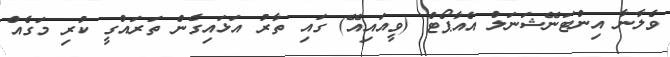
ވެލާނާ އިންޓަނޭޝަނަލް އެއާޕޯޓް (ވީއައިއޭ) ގައި ތާރު އަޅައިގެން ތަރައްގީ ކުރި މަގެއް